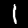
Digit: 1